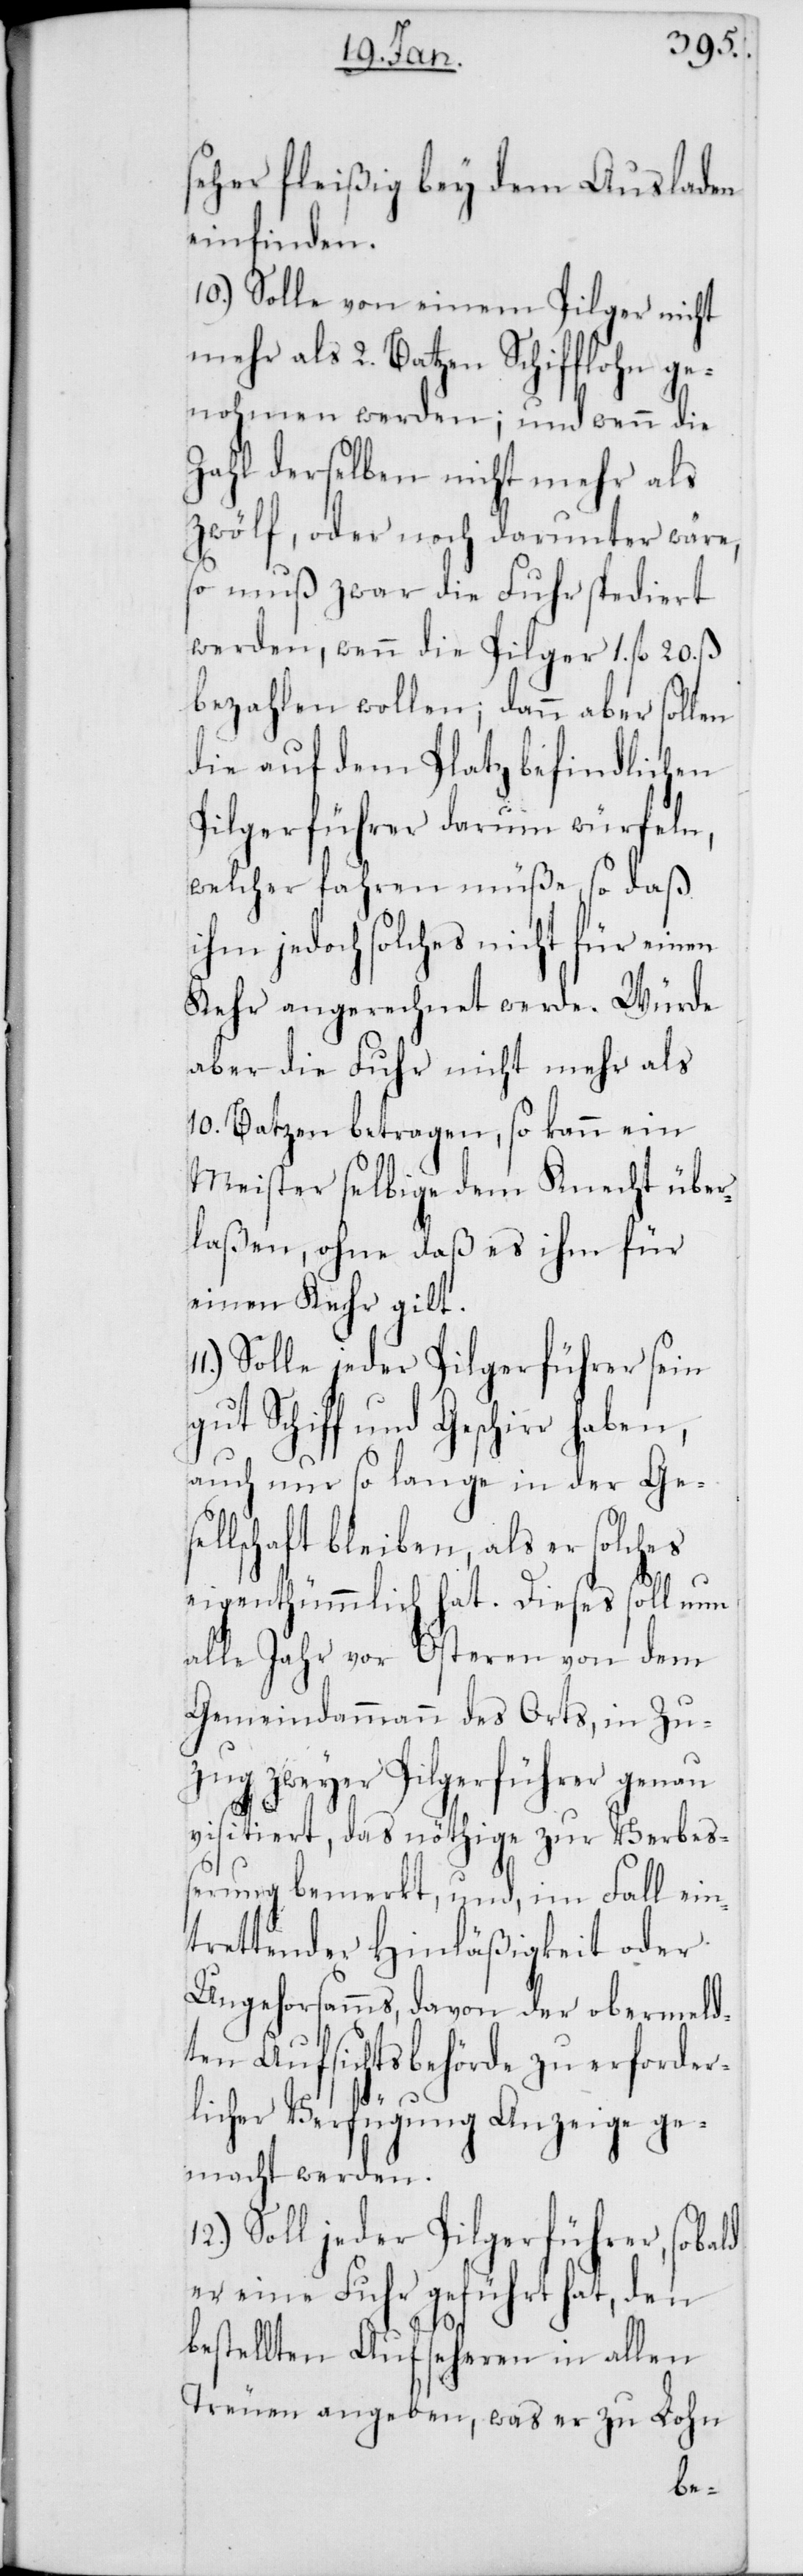
seher fleißig bey dem Ausladen
einfinden.
10.) Solle von einem Pilger nicht
mehr als 2. Batzen Schifflohn ge¬
nohmen werden; und wenn die
Zahl derselben nicht mehr als
zwölf, oder noch darunter wäre,
so muß zwar die Fuhr spediert
werden, wenn die Pilger 1. fl. 20. ß
bezahlen wollen; dann aber sollen
die auf dem Platz befindlichen
Pilgerführer darum würfeln,
welcher fahren müße, so daß
ihm jedoch solches nicht für einen
Kehr angerechnet werde. Würde
aber die Fuhr nicht mehr als
10. Batzen betragen, so kann ein
Meister selbige dem Knecht über¬
laßen, ohne daß es ihm für
einen Kehr gilt.
Solle jeder Pilgerführer sein
gut Schiff und Geschirr haben,
auch nur so lange in der Ges¬
ellschaft bleiben, als er solches
eigenthümmlich hat. Dieses soll nun
alle Jahr vor Osteren von dem
Gemeindammann des Orts, in Zu¬
zug zweyer Pilgerführer genau
visitiert, das nöthige zur Verbeß¬
erung bemerkt, und, im Fall ein¬
trettender Hinläßigkeit oder
Ungehorsamms, davon der obermeld¬
ten Aufsichtsbehörde zu erforder¬
licher Verfügung Anzeige ge¬
macht werden.
Soll jeder Pilgerführer, sobald
er eine Fuhr geführt hat, den
bestellten Aufseheren in allen
Treuen angeben, was er zu Lohn